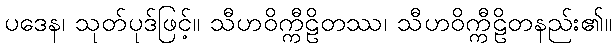
ပဒေန၊ သုတ်ပုဒ်ဖြင့်။ သီဟဝိက္ကီဠိတဿ၊ သီဟဝိက္ကီဠိတနည်း၏။